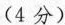
(4分）